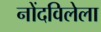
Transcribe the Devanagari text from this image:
नोंदविलेला